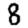
Digit: 8